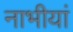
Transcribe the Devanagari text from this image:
नाभीयां